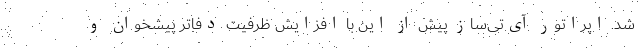
شد. اپراتور آی‌تی‌ساز پیش از این با افزایش ظرفیت دفاتر پیشخوان و